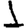
Digit: 1